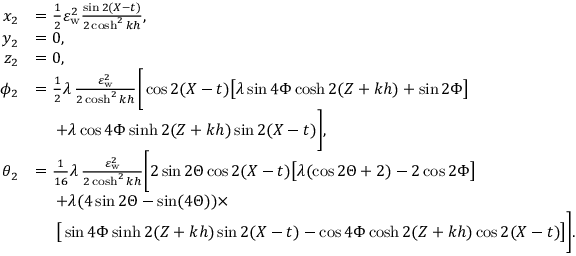
\begin{array} { r l } { x _ { 2 } } & { = \frac { 1 } { 2 } \varepsilon _ { \mathrm { w } } ^ { 2 } \frac { \sin 2 ( X - t ) } { 2 \cosh ^ { 2 } k h } , } \\ { y _ { 2 } } & { = 0 , } \\ { z _ { 2 } } & { = 0 , } \\ { \phi _ { 2 } } & { = \frac { 1 } { 2 } \lambda \, \frac { \varepsilon _ { \mathrm { w } } ^ { 2 } } { 2 \cosh ^ { 2 } k h } \bigg [ \cos 2 ( X - t ) \big [ \lambda \sin { 4 \Phi } \cosh 2 ( Z + k h ) + \sin { 2 \Phi } \big ] } \\ & { \quad \; + \lambda \cos { 4 \Phi } \sinh 2 ( Z + k h ) \sin 2 ( X - t ) \bigg ] , } \\ { \theta _ { 2 } } & { = \frac { 1 } { 1 6 } \lambda \, \frac { \varepsilon _ { \mathrm { w } } ^ { 2 } } { 2 \cosh ^ { 2 } k h } \bigg [ 2 \sin { 2 \Theta } \cos 2 ( X - t ) \big [ \lambda ( \cos { 2 \Theta } + 2 ) - 2 \cos { 2 \Phi } \big ] } \\ & { \quad \; + \lambda ( 4 \sin { 2 \Theta } - \sin ( 4 \Theta ) ) \times } \\ & { \quad \; \big [ \sin { 4 \Phi } \sinh 2 ( Z + k h ) \sin 2 ( X - t ) - \cos { 4 \Phi } \cosh 2 ( Z + k h ) \cos 2 ( X - t ) \big ] \bigg ] . } \end{array}